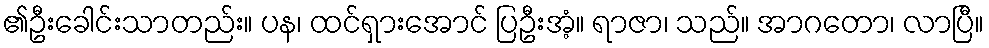
၏ဦးခေါင်းသာတည်း။ ပန၊ ထင်ရှားအောင် ပြဦးအံ့။ ရာဇာ၊ သည်။ အာဂတော၊ လာပြီ။